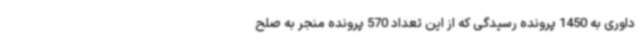
داوری به 1450 پرونده رسیدگی که از این تعداد 570 پرونده منجر به صلح